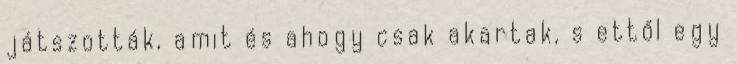
játszották, amit és ahogy csak akartak, s ettől egy